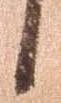
候